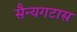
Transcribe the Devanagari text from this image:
सैन्यगटास